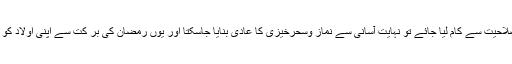
اگر بچے کے اس فطری جذبہ اور شوق وصلاحیت سے کام لیا جائے تو نہایت آسانی سے نماز وسحرخیزی کا عادی بنایا جاسکتا اور یوں رمضان کی بر کت سے اپنی اولاد کو صالح بنانے کی بھی تدبیر کی جاسکتی ہے۔